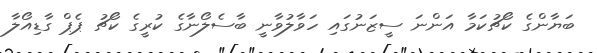
ބަޔާންގެ ކޯޗުކަމާ އަންނަ ސީޒަނުގައި ހަވާލުވާނީ ބާސެލޯނާގެ ކުރީގެ ކޯޗު ޕެޕް ގާޑިއޯލާ